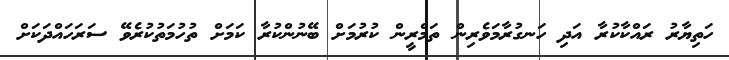
ހަތިޔާރު ރައްކާކުރާ އަދި ހަނގުރާމަވެރިން ތަމްރީން ކުރުމަށް ބޭނުންކުރާ ކަމަށް ތުހުމަތުކުރެވޭ ސަރަހައްދަކަށް